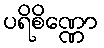
ပရိစိဏ္ဏော